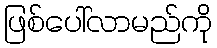
ဖြစ်ပေါ်လာမည်ကို